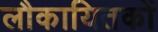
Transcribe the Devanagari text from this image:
लौकायितकों